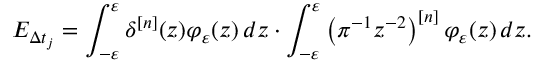
E _ { \Delta t _ { j } } = \int _ { - \varepsilon } ^ { \varepsilon } \delta ^ { [ n ] } ( z ) \varphi _ { \varepsilon } ( z ) \mathop { } \! { d { z } } \cdot \int _ { - \varepsilon } ^ { \varepsilon } \left( \pi ^ { - 1 } z ^ { - 2 } \right) ^ { [ n ] } \varphi _ { \varepsilon } ( z ) \mathop { } \! { d { z } } .